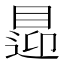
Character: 𥈁